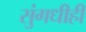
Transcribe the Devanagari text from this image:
सुंगधीही